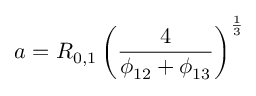
a = R _ { 0 , 1 } \left( \frac { 4 } { \phi _ { 1 2 } + \phi _ { 1 3 } } \right) ^ { \frac { 1 } { 3 } }